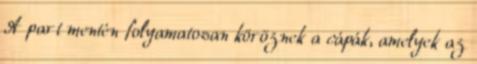
A part mentén folyamatosan köröznek a cápák, amelyek az